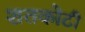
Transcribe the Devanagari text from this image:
शतकोटी